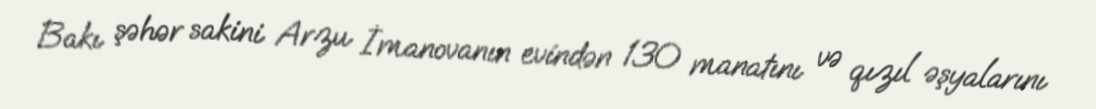
Bakı şəhər sakini Arzu İmanovanın evindən 130 manatını və qızıl əşyalarını